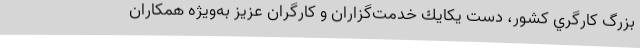
بزرگ كارگري كشور، دست يكايك خدمت‌گزاران و كارگران عزيز به‌ويژه همكاران